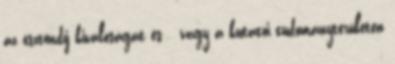
az ösztöndíj kiválóságát és vagy a kutatói tudományterületen